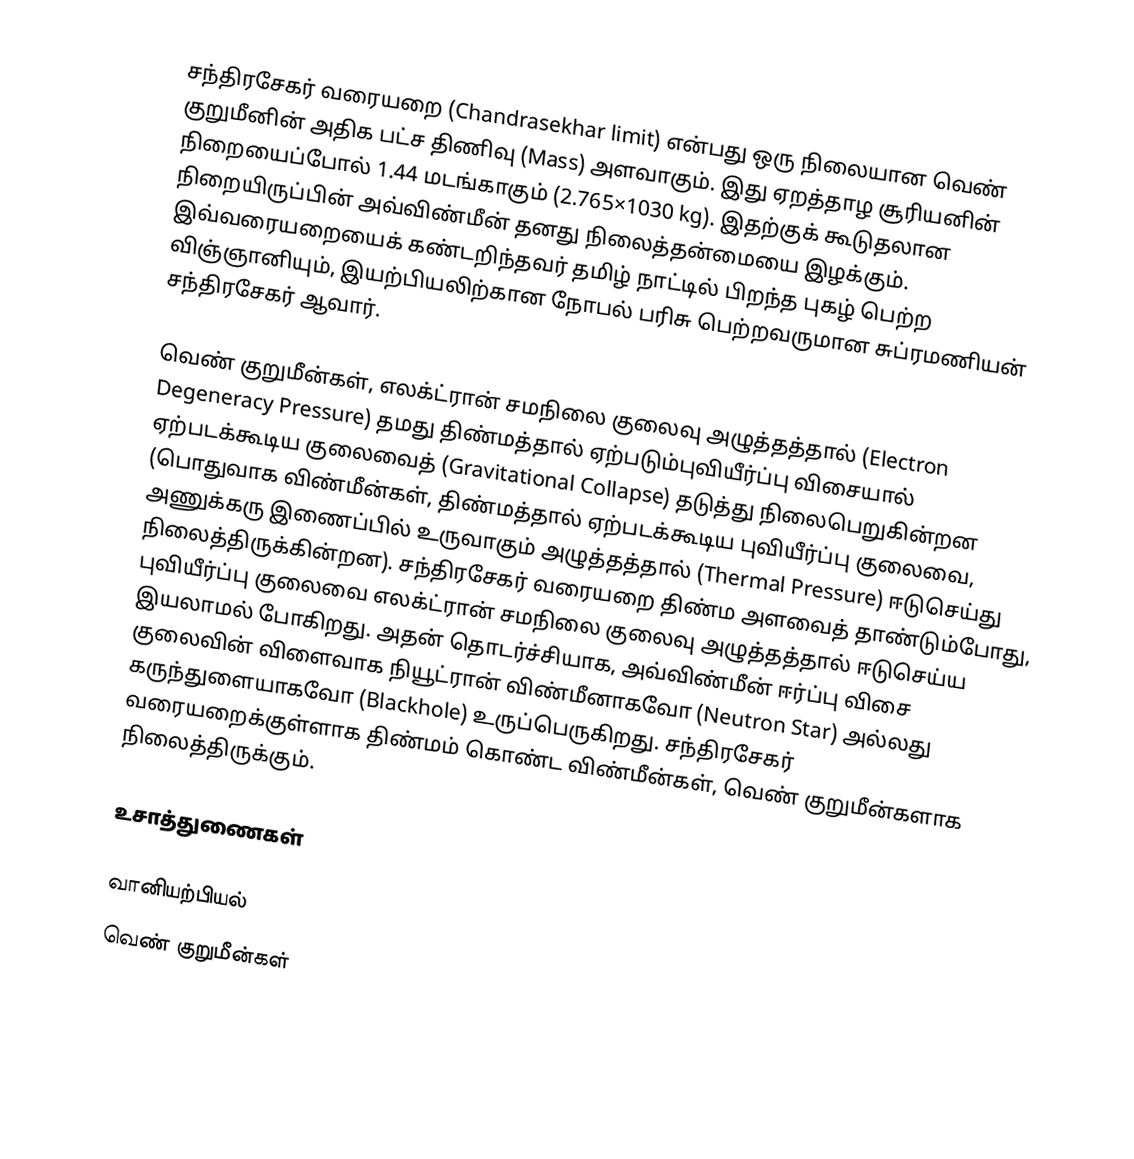
சந்திரசேகர் வரையறை (Chandrasekhar limit) என்பது ஒரு நிலையான வெண் குறுமீனின்  அதிக பட்ச திணிவு (Mass) அளவாகும். இது ஏறத்தாழ சூரியனின் நிறையைப்போல் 1.44 மடங்காகும் (2.765×1030 kg). இதற்குக் கூடுதலான நிறையிருப்பின் அவ்விண்மீன் தனது நிலைத்தன்மையை இழக்கும். இவ்வரையறையைக் கண்டறிந்தவர் தமிழ் நாட்டில் பிறந்த புகழ் பெற்ற விஞ்ஞானியும், இயற்பியலிற்கான நோபல் பரிசு பெற்றவருமான சுப்ரமணியன் சந்திரசேகர் ஆவார்.

வெண் குறுமீன்கள், எலக்ட்ரான் சமநிலை குலைவு அழுத்தத்தால் (Electron Degeneracy Pressure) தமது திண்மத்தால் ஏற்படும்புவியீர்ப்பு விசையால் ஏற்படக்கூடிய குலைவைத் (Gravitational Collapse) தடுத்து நிலைபெறுகின்றன (பொதுவாக விண்மீன்கள், திண்மத்தால் ஏற்படக்கூடிய புவியீர்ப்பு குலைவை, அணுக்கரு இணைப்பில் உருவாகும் அழுத்தத்தால் (Thermal Pressure) ஈடுசெய்து நிலைத்திருக்கின்றன). சந்திரசேகர் வரையறை திண்ம அளவைத் தாண்டும்போது, புவியீர்ப்பு குலைவை எலக்ட்ரான் சமநிலை குலைவு அழுத்தத்தால் ஈடுசெய்ய இயலாமல் போகிறது. அதன் தொடர்ச்சியாக, அவ்விண்மீன் ஈர்ப்பு விசை குலைவின் விளைவாக நியூட்ரான் விண்மீனாகவோ (Neutron  Star) அல்லது கருந்துளையாகவோ  (Blackhole) உருப்பெருகிறது. சந்திரசேகர் வரையறைக்குள்ளாக திண்மம் கொண்ட விண்மீன்கள், வெண் குறுமீன்களாக நிலைத்திருக்கும்.

உசாத்துணைகள்

வானியற்பியல்
வெண் குறுமீன்கள்